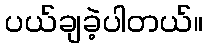
ပယ်ချခဲ့ပါတယ်။